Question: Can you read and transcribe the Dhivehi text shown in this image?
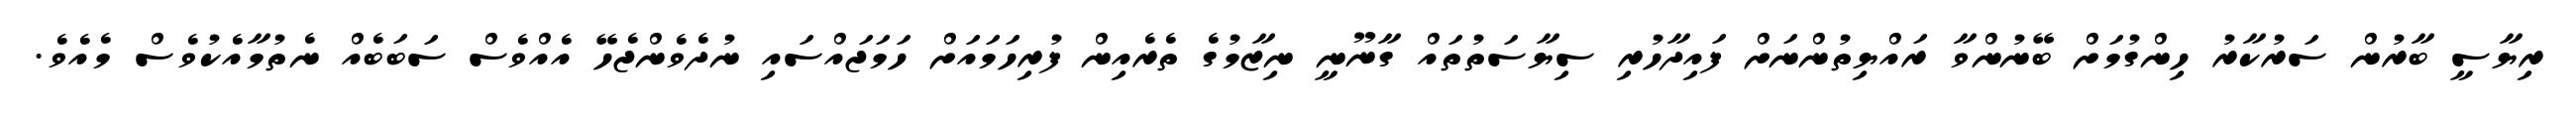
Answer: ރިޔާސީ ބާރުން ސަރުކާރު ހިންގުމަށް ބޭނުންވާ ރައްޔިތުންނަށް ފައިދާހުރި ސިޔާސަތުތައް ގާނޫނީ ނިޒާމުގެ ތެރެއިން ފުރިހަމައަށް ހަމަޖައްސައި ނުދެވެންޖެހޭ އެއްވެސް ސަބަބެއް ނެތުމާއެކުވެސް މެއެވެ.